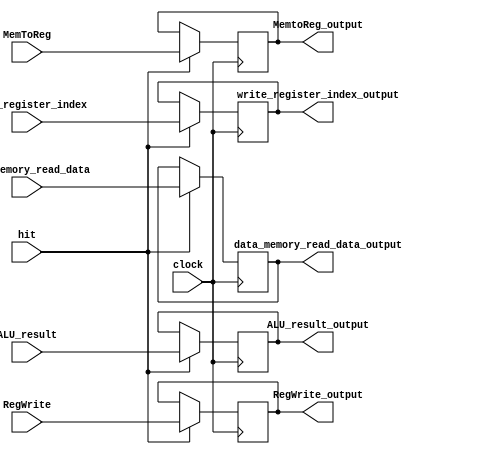
module MEM_WB_pipeline_register(
	input RegWrite, input MemToReg, input[31:0] data_memory_read_data, input[31:0] ALU_result, input[4:0] write_register_index, input hit, input clock,
	output reg RegWrite_output, output reg MemtoReg_output, output reg[31:0] data_memory_read_data_output, output reg[31:0] ALU_result_output, output reg[4:0] write_register_index_output
	);
		
	always@(negedge clock)
		if(hit) 
			begin 
				MemtoReg_output = MemToReg;
				RegWrite_output = RegWrite;
				write_register_index_output = write_register_index;
				data_memory_read_data_output = data_memory_read_data;
				ALU_result_output = ALU_result;		
			end

endmodule